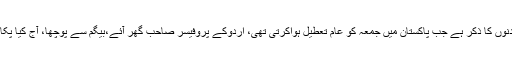
یہ ان دنوں کا ذکر ہے جب پاکستان میں جمعہ کو عام تعطیل ہواکرتی تھی، اردوکے پروفیسر صاحب گھر آئے،بیگم سے پوچھا، آج کیا پکایاہے؟